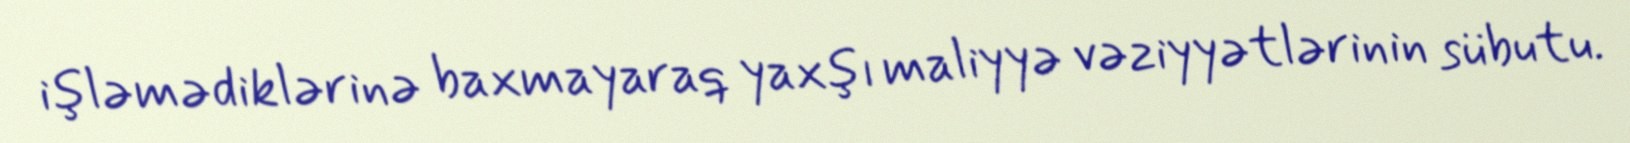
işləmədiklərinə baxmayaraq yaxşı maliyyə vəziyyətlərinin sübutu.